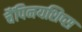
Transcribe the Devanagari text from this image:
चैंपिनयशिप्स